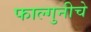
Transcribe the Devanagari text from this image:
फाल्गुनीचे